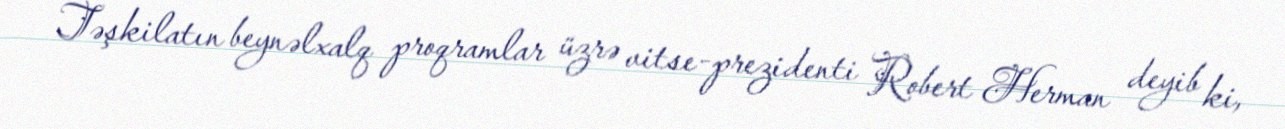
Təşkilatın beynəlxalq proqramlar üzrə vitse-prezidenti Robert Herman deyib ki,